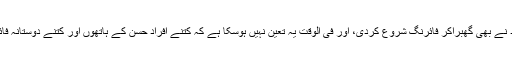
اس ہل چل اور افرا تفری میں دیگر افراد نے بھی گھبراکر فائرنگ شروع کردی، اور فی الوقت یہ تعین نہیں ہوسکا ہے کہ کتنے افراد حسن کے ہاتھوں اور کتنے دوستانہ فائرنگ سے ہلاک اور زخمی ہوئے ہیں،۔